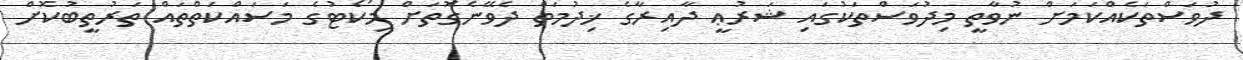
ދުވަސްތަކެއްކަމަށް ނުވާތީ މިދުވަސްތަކުގައި ޝަރުޢީ ދާއިރާގެ ޚިދުމަތް ދެވޭނެގޮތަށް މިކޯޓުގެ މަސައްކަތްތައް ތަރުތީބުކޮށް